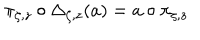
\pi _ { \zeta , z } \circ \Delta _ { \zeta , z } ( a ) = a \circ \pi _ { \zeta , z }